Senior Leaving Certificate Examination (including Day School Certificate (Higher) General paper), 1950
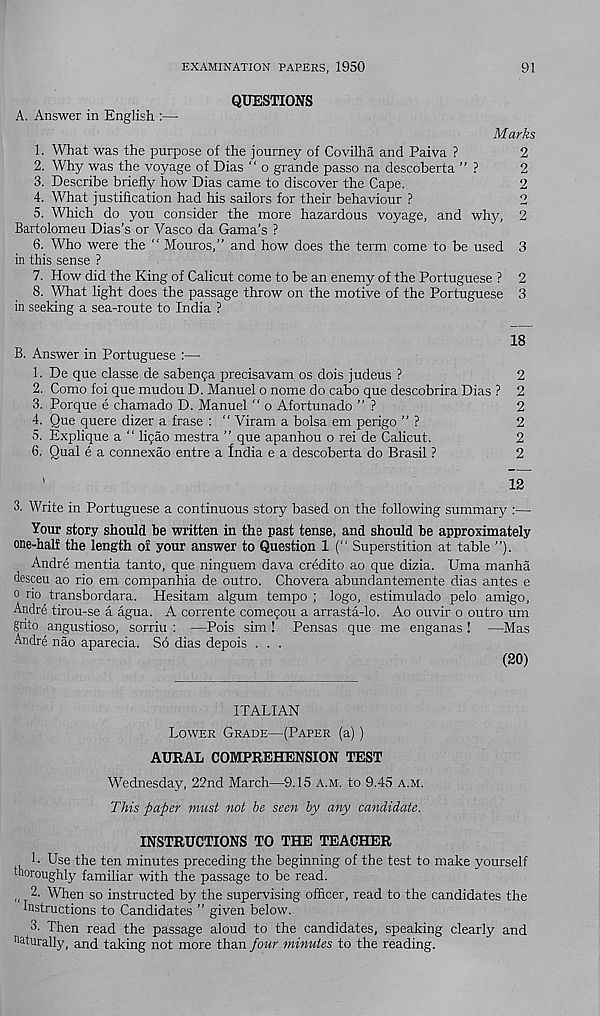
EXAMINATION PAPERS, 1950
91
QUESTIONS
A. Answer in English :—-
Marks
1. What was the purpose of the journey of Covilha and Paiva ?
2
2. Why was the voyage of Dias “ o grande passo na descoberta ” ?
2
3. Describe briefly how Dias came to discover the Cape.
2
4. What justification had his sailors for their behaviour ?
2
5. Which do you consider the more hazardous voyage, and why, 2
Bartolomeu Dias’s or Vasco da Gama’s ?
6. Who were the “ Mouros,” and how does the term come to be used 3
in this sense ?
7. How did the King of Calicut come to be an enemy of the Portuguese ? 2
8. What light does the passage throw on the motive of the Portuguese 3
in seeking a sea-route to India ?
18
B. Answer in Portuguese :—
1. De que classe de sabenpa precisavam os dois judeus ?
2
2. Como foi que mudou D. Manuel o nome do cabo que descobrira Dias ? 2
3. Porque e chamado D. Manuel " o Afortunado ” ?
2
4. Que quere dizer a frase : “ Viram a bolsa em perigo ” ?
2
5. Explique a “ ligao mestra ” que apanhou o rei de Calicut.
2
6. Qual e a connexao entre a fndia e a descoberta do Brasil ?
2
'
12
3. Write in Portuguese a continuous story based on the following summary :—
Your story should he written in the past tense, and should be approximately
one-half the length of your answer to Question 1 (“ Superstition at table ”).
Andre mentia tanto, que ninguem dava credito ao que dizia. Uma manha
desceu ao rio em companhia de outro. Chovera abundantemente dias antes e
0 rio transbordara. Hesitam algum tempo ; logo, estimulado pelo amigo,
Andre tirou-se a agua. A corrente comegou a arrasta-lo. Ao ouvir o outro um
gnto angustioso, sorriu : —Pois sim ! Pensas que me enganas ! —Mas
Andre nao aparecia. So dias depois . . .
(20)
ITALIAN
Lower Grade—(Paper (a))
AURAL COMPREHENSION TEST
Wednesday, 22nd March—9.15 a.m. to 9.45 a.m.
This paper must not he seen by any candidate.
INSTRUCTIONS TO THE TEACHER
L Use the ten minutes preceding the beginning of the test to make yourself
thoroughly familiar with the passage to be read.
„ 2. When so instructed by the supervising officer, read to the candidates the
Instructions to Candidates ” given below.
3- Then read the passage aloud to the candidates, speaking clearly and
naturally, and taking not more than four minutes to the reading.